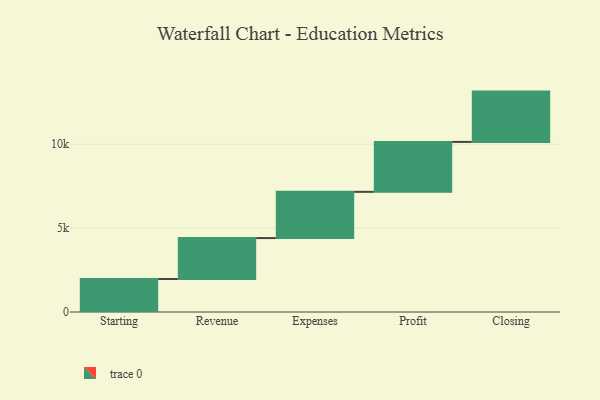
{"axis": {"x": "Step", "y": "Value"}, "legend": [""], "data": [{"x": "Starting", "y": 1966.0, "type": ""}, {"x": "Revenue", "y": 2441.0, "type": ""}, {"x": "Expenses", "y": 2757.0, "type": ""}, {"x": "Profit", "y": 2975.0, "type": ""}, {"x": "Closing", "y": 3000, "type": ""}]}